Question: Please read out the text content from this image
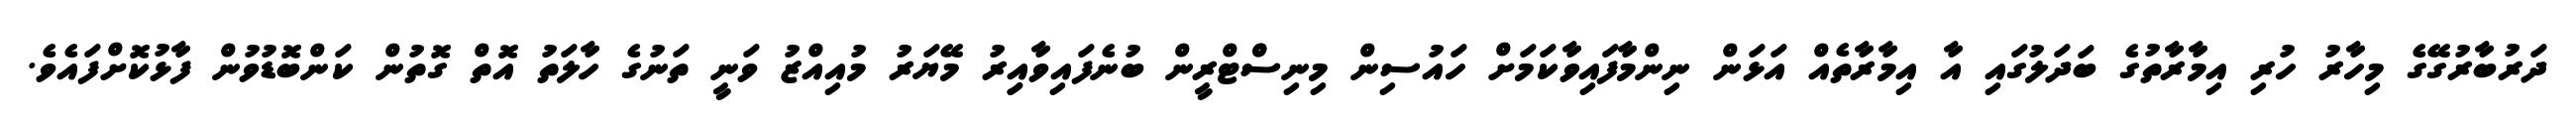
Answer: ދަރުބާރުގޭގެ މިހާރު ހުރި އިމާރާތުގެ ބަދަލުގައި އާ އިމާރާތެއް އަޅަން ނިންމާފައިވާކަމަށް ހައުސިން މިނިސްްޓްރީން ބުނެފައިވާއިިރު މޭޔަރު މުއިއްޒު ވަނީ ތަނުގެ ހާލަތު އޮތް ގޮތުން ކަންބޮޑުވުން ފާޅުކޮށްފައެވެ.